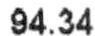
94.34